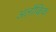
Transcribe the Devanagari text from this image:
अलौकिक्